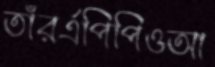
তাঁরর্এপিপিওআ